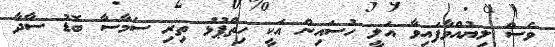
ވެސް ލިޔުއްވާފައިވާ އަލީ ހުސައިން އަކީ ހިތްޕުޅު ތިރި ސަމާސާ ބޮޑު ސާދާ